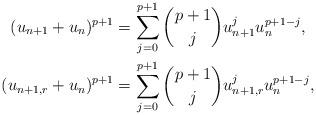
LaTeX: \begin{align*} (u_{n+1}+u_n)^{p+1} & = \sum\limits_{j=0}^{p+1} \binom{p+1}{j} u_{n+1}^j u_n^{p+1-j}, \\ (u_{n+1,r}+u_n)^{p+1} & = \sum\limits_{j=0}^{p+1} \binom{p+1}{j} u_{n+1,r}^j u_n^{p+1-j}, \end{align*}